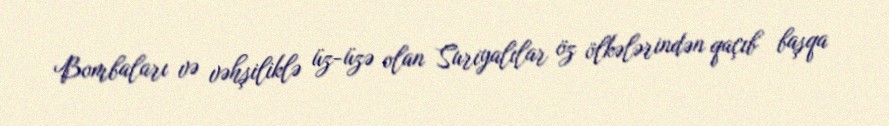
Bombaları və vəhşiliklə üz-üzə olan Suriyalılar öz ölkələrindən qaçıb başqa